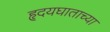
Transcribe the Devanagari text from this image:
हृदयघाताच्या